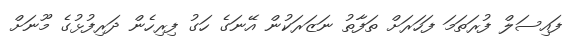
ފައިސަލް ފުރަތަމަ ފަހަރަށް ތަފާތު ނަޒަރަކުން އޭނަގެ ހަގު ފިރިހެން ދަރިފުޅުގެ މޫނަށް